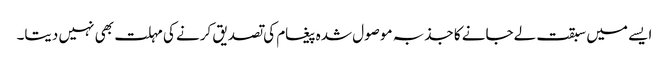
ایسے میں سبقت لےجانے کا جذبہ موصول شدہ پیغام کی تصدیق کرنے کی مہلت بھی نہیں دیتا۔